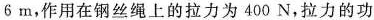
6m，作用在钢丝绳上的拉力为400N，拉力的功